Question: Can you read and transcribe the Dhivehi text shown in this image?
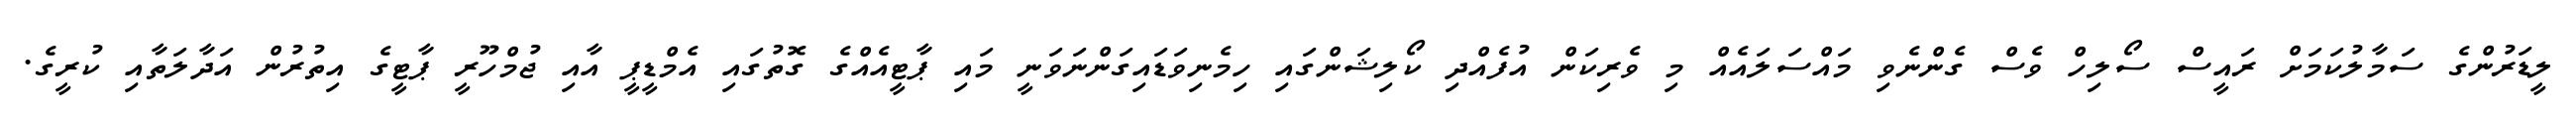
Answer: ލީޑަރުންގެ ސަމާލުކަމަށް ރައީސް ސޯލިހް ވެސް ގެންނެވި މައްސަލައެއް މި ވެރިކަން އުފެއްދި ކޯލިޝަންގައި ހިމެނިވަޑައިގަންނަވަނީ މައި ޕާޓީއެއްގެ ގޮތުގައި އެމްޑީޕީ އާއި ޖުމްހޫރީ ޕާޓީގެ އިތުރުން އަދާލަތާއި ކުރީގެ.